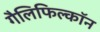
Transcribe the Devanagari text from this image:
गैलिफिल्कॉन